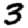
Digit: 3